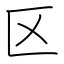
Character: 区